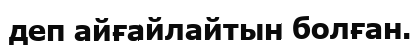
деп айғайлайтын болған.